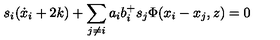
s _ { i } ( \dot { x } _ { i } + 2 k ) + \sum _ { j \neq i } a _ { i } b _ { i } ^ { + } s _ { j } \Phi ( x _ { i } - x _ { j } , z ) = 0